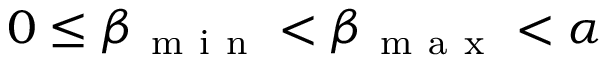
0 \leq \beta _ { \mathrm { ~ m ~ i ~ n ~ } } < \beta _ { \mathrm { ~ m ~ a ~ x ~ } } < \alpha